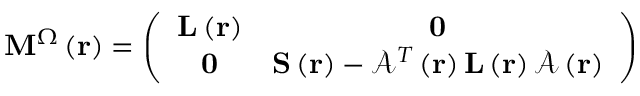
\mathbf { M } ^ { \Omega } \left( \mathbf { r } \right) = \left( \begin{array} { c c } { \mathbf { L } \left( \mathbf { r } \right) } & { \mathbf { 0 } } \\ { \mathbf { 0 } } & { \mathbf { S } \left( \mathbf { r } \right) - \mathcal { A } ^ { T } \left( \mathbf { r } \right) \mathbf { L } \left( \mathbf { r } \right) \mathcal { A } \left( \mathbf { r } \right) } \end{array} \right)